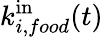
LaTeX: k_{i,food}^{\mathrm{in}}(t)